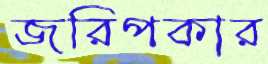
জরিপকার